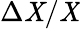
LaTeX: \Delta\mathit{X}/\mathit{X}